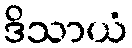
ဒိသာယံ